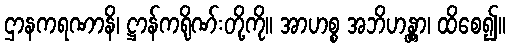
ဌာနကရဏာနိ၊ ဋ္ဌာန်ကရိုဏ်းတို့ကို။ အာဟစ္စ အဘိဟန္တွာ၊ ထိစေ၍။